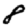
Digit: 8